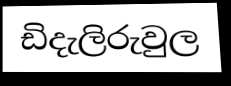
ඩිදැලිරුවුල